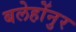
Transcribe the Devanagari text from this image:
बलेहोंनुर